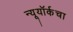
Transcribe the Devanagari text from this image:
न्यूयॉर्कचा